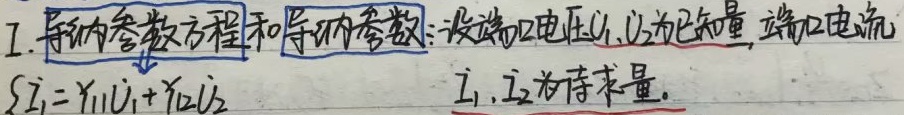
1. 导纳内参数方程和导纳内参数：设端口电压\(\dot{U}_{1},\dot{U}_{2}\)为已知量，端口电流\(\dot{I}_{1},\dot{I}_{2}\)为待求量。
\[\begin{cases}
\dot{I}_{1}=Y_{11}\dot{U}_{1}+Y_{12}\dot{U}_{2}
\end{cases}\]